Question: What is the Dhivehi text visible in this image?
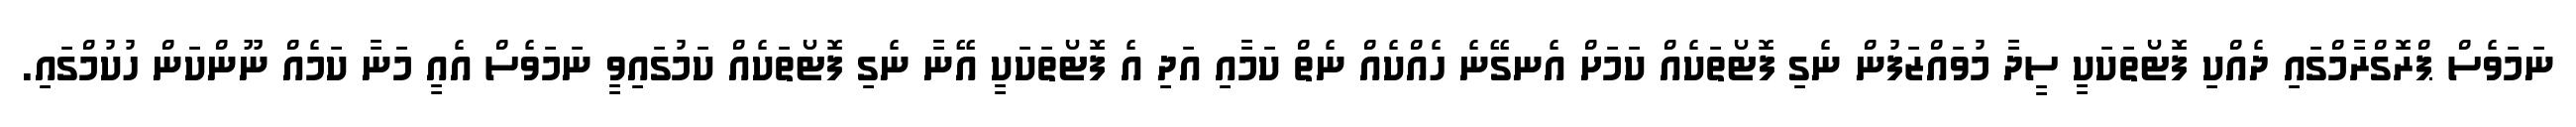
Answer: ނަމަވެސް ޕްރޮގްރާމްގައި ދެއްކި ފޮޓޯތަކަކީ ސީދާ މުވައްޒަފުން ނެގި ފޮޓޯތަކެއް ކަމަށް އެނގޭނެ ހެއްކެއް ނެތް ކަމާއި އަދި އެ ފޮޓޯތަކަކީ އޭނާ ނެގި ފޮޓޯތަކެއް ކަމުގައިވީ ނަމަވެސް އެއީ މަނާ ކަމެއް ނޫންކަން ހުކުމްގައި.